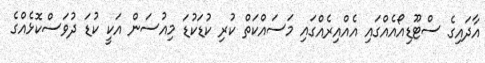
އާދައިގެ ސްޓޫޑިއޯއެއްގައި އެއްއިރެއްގައި މަސައްކަތް ކުރި ކުޑަކުޑަ މިއުސަން އަކީ ކުޑަ ދުވަސްކޮޅެއްގެ